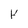
Character: k